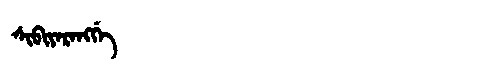
Manchu: ᠰᡳᠪᡳᠶᠠᡵᠠᠩᡤᡝ
Romanization: SIBIYARANGGE